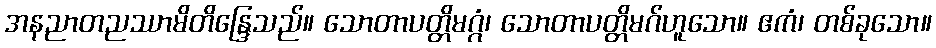
အနညာတညဿာမိတိန္ဒြေသည်။ သောတာပတ္တိမဂ္ဂံ၊ သောတာပတ္တိမဂ်ဟူသော။ ဧကံ၊ တစ်ခုသော။